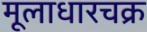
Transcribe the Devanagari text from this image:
मूलाधारचक्र